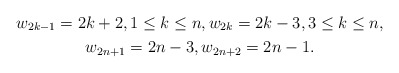
\begin{gather*}w_{2k-1}=2k+2, 1 \le k \le n, w_{2k}=2k-3, 3 \le k \le n,\\ w_{2n+1}=2n-3,w_{2n+2}=2n-1.\end{gather*}